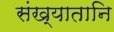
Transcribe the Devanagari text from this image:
संख्यातानि